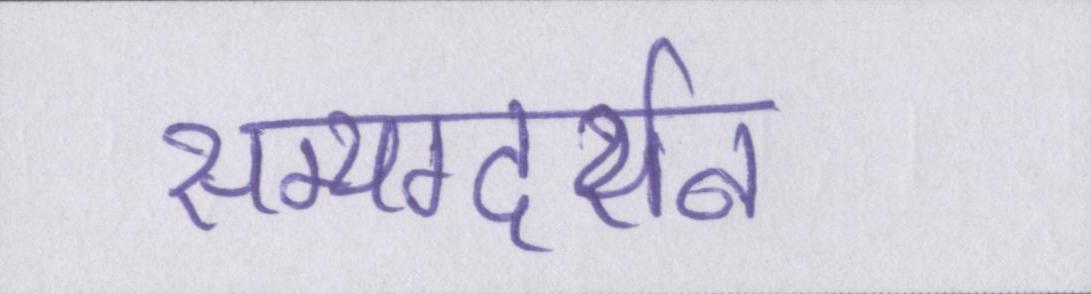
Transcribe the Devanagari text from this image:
सम्यग्दर्शन